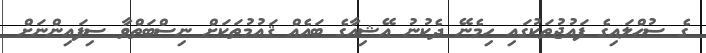
ގެ ސުހްލައިގެ ފައުޖުތަކުގައި ހިމެނޭ ދެކުނު އޭޝިއާގެ ބައެއް ޤައުމުތަކަށް ނިސްބަތްވާ ސިފައިންނަށް